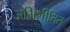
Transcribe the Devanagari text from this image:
अभिशीतित